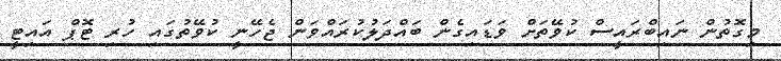
މިގޮތުން ނައިބްރައީސް ކުވޭތަށް ވަޑައިގެން ބައްދަލުކުރައްވަން ޖެހޭނީ ކުވޭތުގައި ހުރި ޓޮޕް އައިޓީ